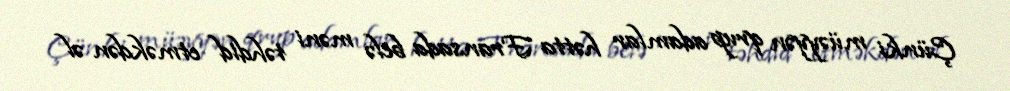
Çünki müəyyən qrup adamlar hətta Fransada belə məni təhdid etməkdən əl